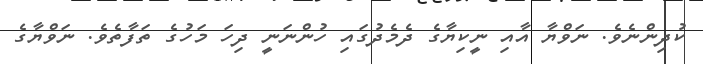
ކުދިންނެވެ. ނަވްޔާ އާއި ނީކިޔާގެ ދެމެދުގައި ހުންނަނީ ދިހަ މަހުގެ ތަފާތެވެ. ނަވްޔާގެ